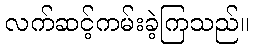
လက်ဆင့်ကမ်းခဲ့ကြသည်။